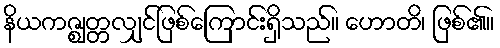
နိယကဇ္ဈတ္တလျှင်ဖြစ်ကြောင်းရှိသည်။ ဟောတိ၊ ဖြစ်၏။